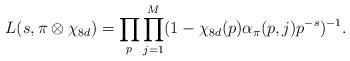
LaTeX: \begin{align*} L(s, \pi \otimes \chi_{8d})=\prod_p\prod^M_{j=1}(1-\chi_{8d}(p)\alpha_{\pi}(p, j)p^{-s})^{-1}.\end{align*}